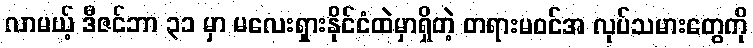
လာမယ့် ဒီဇင်ဘာ ၃၁ မှာ မလေးရှားနိုင်ငံထဲမှာရှိတဲ့ တရားမဝင်အ လုပ်သမားတွေကို